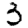
Digit: 3